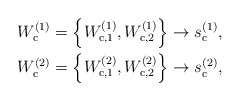
\begin{align*}W_{\mathrm{c}}^{(1)}&=\left\{W_{\mathrm{c},1}^{(1)},W_{\mathrm{c},2}^{(1)}\right\}\rightarrow s_{\mathrm{c}}^{(1)},\\W_{\mathrm{c}}^{(2)}&=\left\{W_{\mathrm{c},1}^{(2)},W_{\mathrm{c},2}^{(2)}\right\}\rightarrow s_{\mathrm{c}}^{(2)},\end{align*}